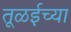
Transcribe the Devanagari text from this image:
तूळईच्या